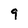
Character: 9